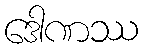
ဒေါဏဿ